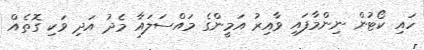
ހައި ކޯޓުން ނިންމާފައި ވާއިރު އަމީންގެ މައްސަލައާ މެދު އަދި ވަކި ގޮތެއް